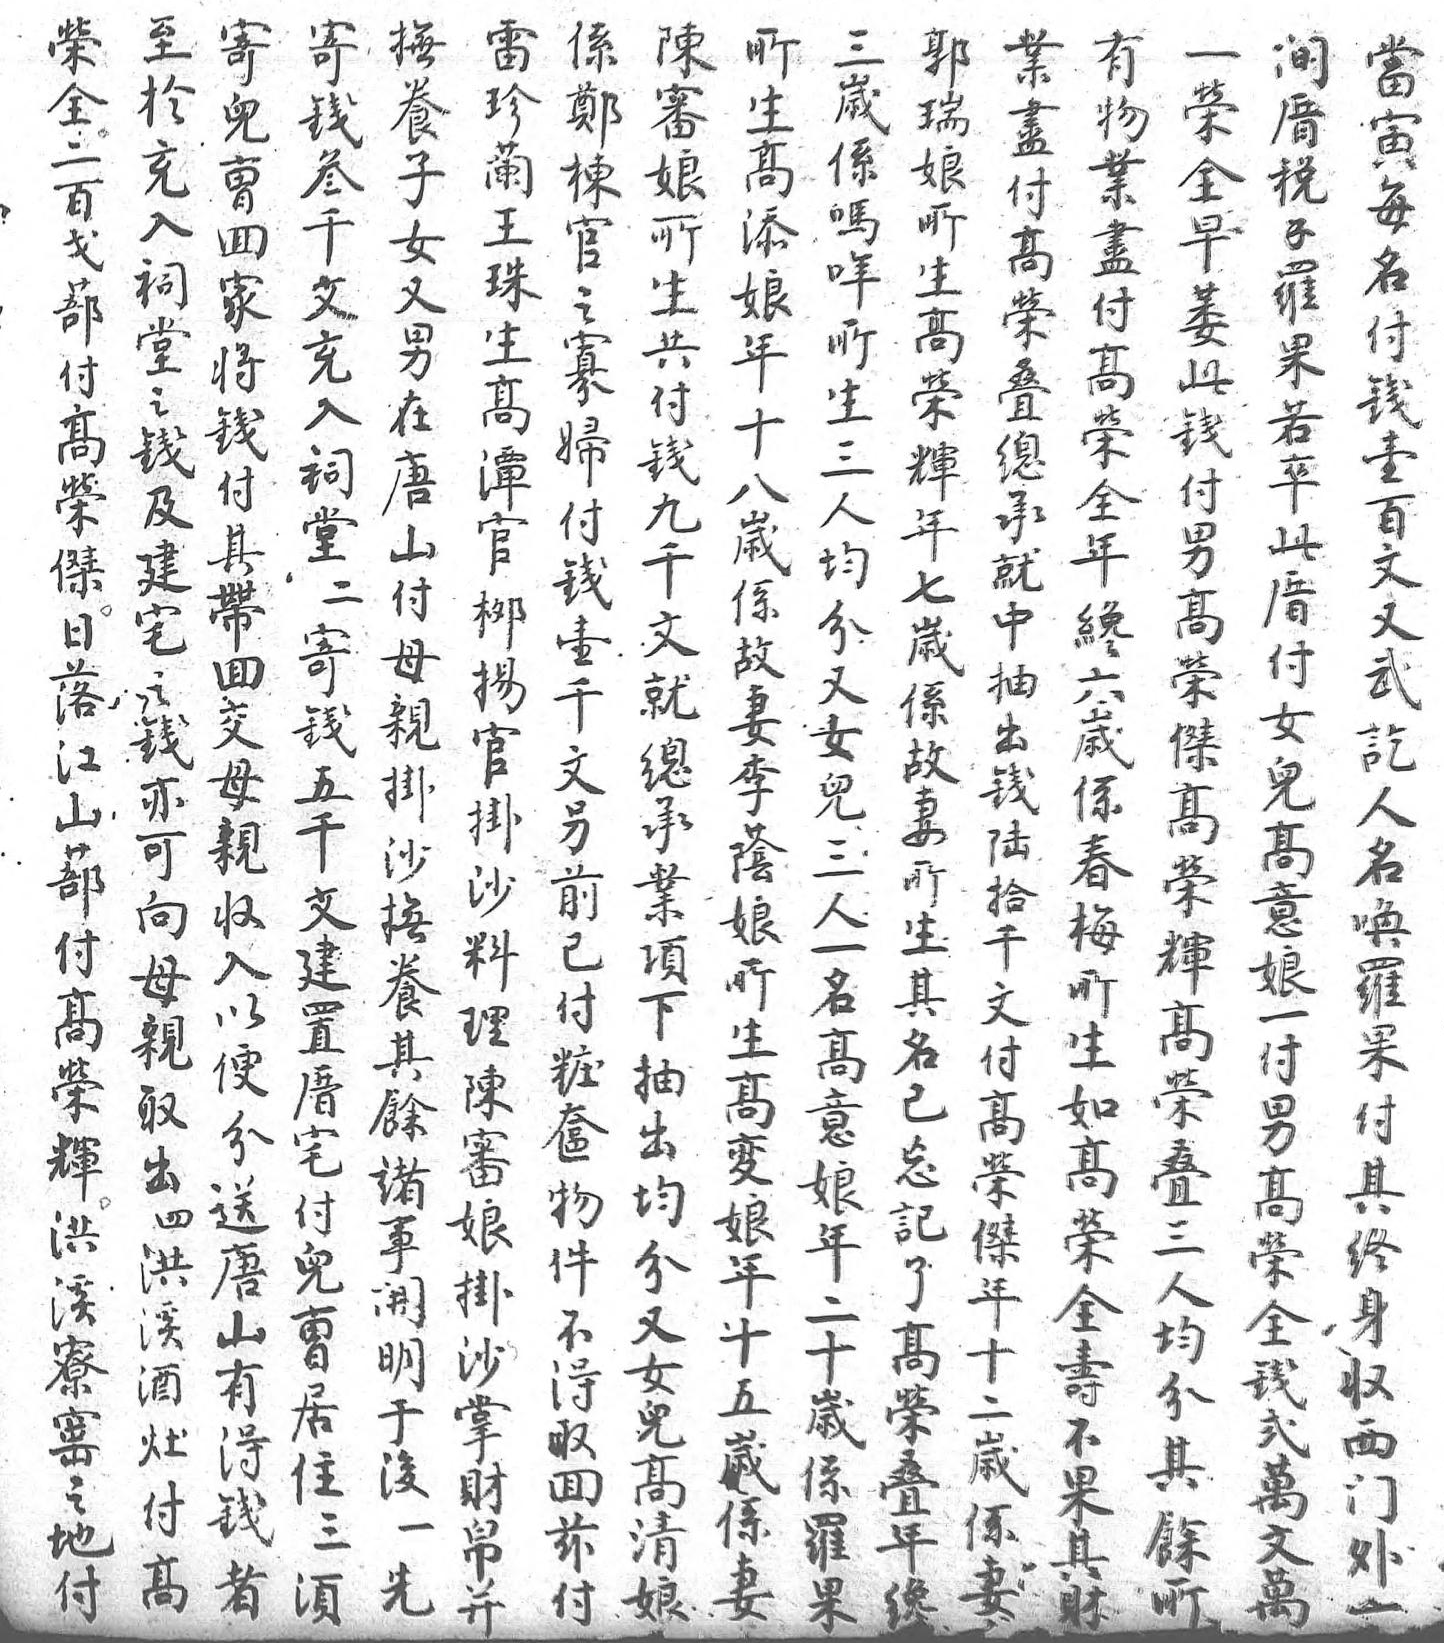
所至陳生寄撫係榮寄業雷郭三一當有間生於審高兒養鄭全錢盡珍瑞歲榮寅物厝高充娘潭曹子棟二叁付蘭娘係全每業税添入所官回女官百千高王所嗎早名盡錢娘祠生柳家又之戈文榮珠生哖萎付付羅年堂共揚將男寡蔀充叠生高所此錢高果十之付官錢在婦付入總高榮生錢壹榮若八錢錢可付唐付高祠承潭輝三付百全卒歲及九承其山錢榮堂就官年人男文年此係建千理帶付壹傑二中柳七均高又才厝故宅文鄭回母千日寄抽揚歲分榮武六付妻之就桓交親文落錢出官係又傑訖歲女李錢總光母掛另江五錢掛故女高人係兒蔭亦承林親沙前山千陸沙妻兒榮名春高娘可業諒收撫已蔀文拾料所三輝唤梅意所向項生入養付付建千理生人高羅所娘生母下之以其粧高置文陳其一榮果生一高親抽掛便餘奩榮厝付審名名叠付如付變取出沙分諸物輝宅高娘已高三其高男娘出均事送事件洪付榮掛忘意人終榮高年四分 唐開不溪兒傑沙記娘均身全榮十洪又 山明得寮曹年掌了年分收壽全五溪女 有於取窰居十財高二其西不錢歲酒兒 得後回之住二帛榮十餘門果貳係灶高 錢一茲地三歲並叠歲所外其萬妻付清 者先付付須係 年係 一財文 高娘      妻 才羅   萬            果